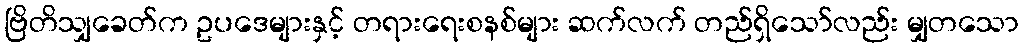
ဗြိတိသျှခေတ်က ဥပဒေများနှင့် တရားရေးစနစ်များ ဆက်လက် တည်ရှိသော်လည်း မျှတသော